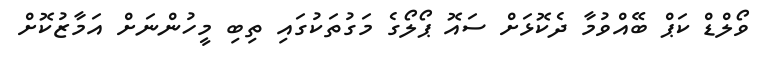
ވޯލްޑް ކަޕް ބޭއްވުމާ ދެކޮޅަށް ސައޮ ޕޯލޯގެ މަގުތަކުގައި ތިބި މީހުންނަށް އަމާޒުކޮށް